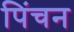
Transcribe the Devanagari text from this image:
पिंचन